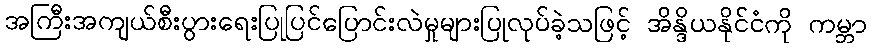
အကြီးအကျယ်စီးပွားရေးပြုပြင်ပြောင်းလဲမှုများပြုလုပ်ခဲ့သဖြင့် အိန္ဒိယနိုင်ငံကို ကမ္ဘာ